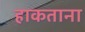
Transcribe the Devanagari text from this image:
हाकताना